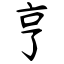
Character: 亨